Indian journal of veterinary science and animal husbandry - Volume 7,
Year: 1937
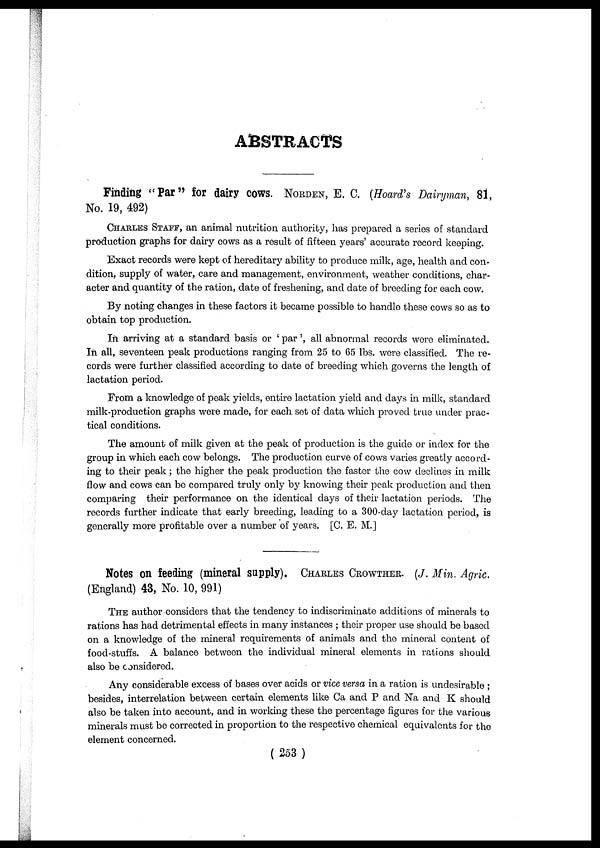
ABSTRACTS
Finding "Par" for dairy cows. NORDEN, E. C. (Hoard's Dairyman, 81,
No. 19, 492)
CHARLES STAFF, an animal nutrition authority, has prepared a series of standard
production graphs for dairy cows as a result of fifteen years' accurate record keeping.
Exact records were kept of hereditary ability to produce milk, age, health and con-
dition, supply of water, care and management, environment, weather conditions, char-
acter and quantity of the ration, date of freshening, and date of breeding for each cow.
By noting changes in these factors it became possible to handle these cows so as to
obtain top production.
In arriving at a standard basis or ' par ', all abnormal records were eliminated.
In all, seventeen peak productions ranging from 25 to 65 lbs. were classified. The re-
cords were further classified according to date of breeding which governs the length of
lactation period.
From a knowledge of peak yields, entire lactation yield and days in milk, standard
milk-production graphs were made, for each set of data which proved true under prac-
tical conditions.
The amount of milk given at the peak of production is the guide or index for the
group in which each cow belongs. The production curve of cows varies greatly accord-
ing to their peak; the higher the peak production the faster the cow declines in milk
flow and cows can be compared truly only by knowing their peak production and then
comparing their performance on the identical days of their lactation periods. The
records further indicate that early breeding, leading to a 300-day lactation period, is
generally more profitable over a number of years. [C. E. M.]
Notes on feeding (mineral supply). CHARLES CROWTHER. (J. Min. Agric.
(England) 43, No. 10, 991)
THE author considers that the tendency to indiscriminate additions of minerals to
rations has had detrimental effects in many instances ; their proper use should be based
on a knowledge of the mineral requirements of animals and the mineral content of
food-stuffs. A balance between the individual mineral elements in rations should
also be considered.
Any considerable excess of bases over acids or vice versa in a ration is undesirable ;
besides, interrelation between certain elements like Ca and P and Na and K should
also be taken into account, and in working these the percentage figures for the various
minerals must be corrected in proportion to the respective chemical equivalents for the
element concerned.
( 253 )